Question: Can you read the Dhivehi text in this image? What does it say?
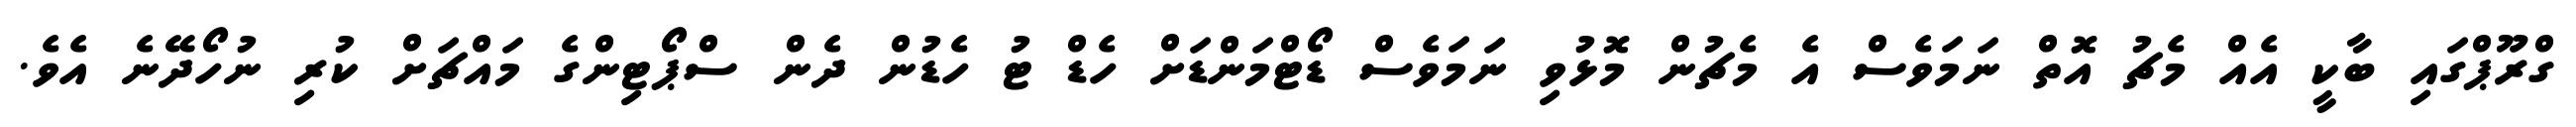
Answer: ގްރޫޕްގައި ބާކީ އެއް މެޗު އޮތް ނަމަވެސް އެ މެޗުން މޮޅުވި ނަމަވެސް ޑޯޓްމަންޑަށް ހެޑް ޓު ހެޑުން ދެން ސްޕޯޓިންގެ މައްޗަށް ކުރި ނުހޯދޭނެ އެވެ.